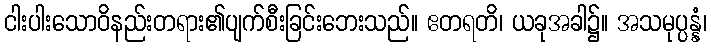
ငါးပါးသောဝိနည်းတရား၏ပျက်စီးခြင်းဘေးသည်။ ဧတရတိ၊ ယခုအခါ၌။ အသမုပ္ပန္နံ၊